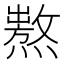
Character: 𤏺